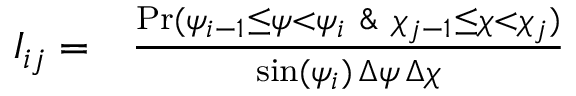
\begin{array} { r l } { I _ { i j } = } & { { } \frac { \mathrm { P r } ( \psi _ { i - 1 } \leq \psi < \psi _ { i } \ \& \ \chi _ { j - 1 } \leq \chi < \chi _ { j } ) } { \sin ( \psi _ { i } ) \, \Delta \psi \, \Delta \chi } } \end{array}